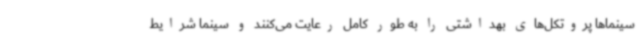
سینماها پروتکل‌های بهداشتی را به طور کامل رعایت می‌کنند و سینما شرایط